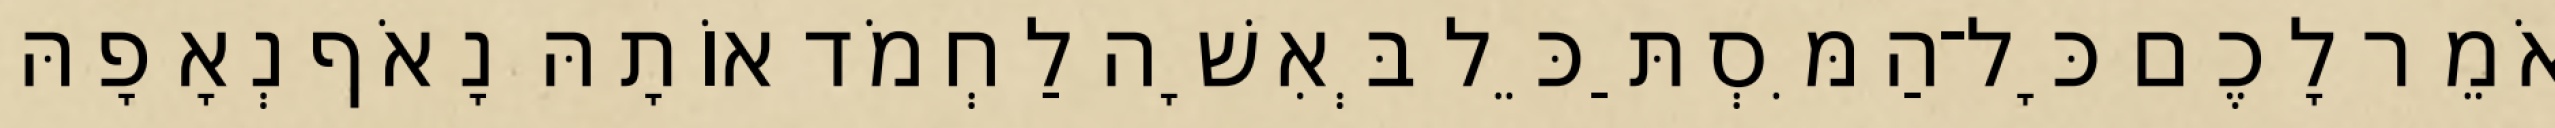
אֹמֵר לָכֶם כָּל־הַמִּסְתַּכֵּל בְּאִשָׁה לַחְמֹד אוֹתָהּ נָאֹף נְאָפָהּ